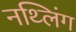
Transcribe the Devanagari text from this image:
नथ्लिंग